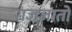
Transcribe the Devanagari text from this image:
राजजातों